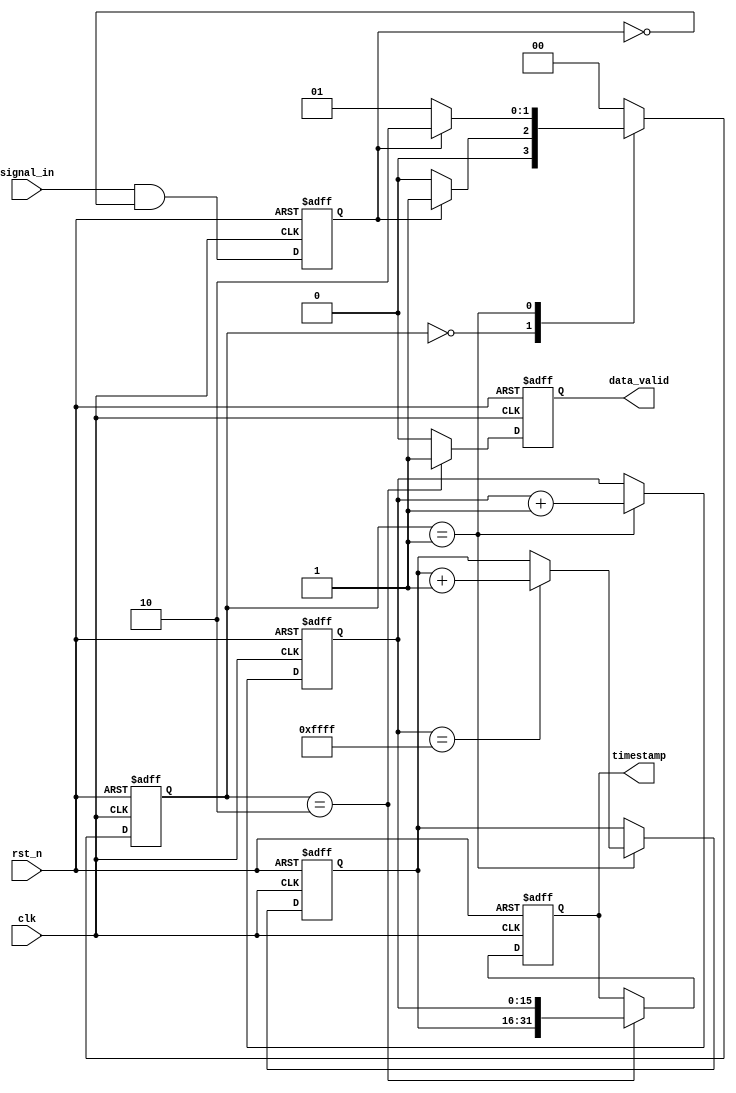
module TDC (
    input wire clk,                // Main clock
    input wire rst_n,              // Active low reset
    input wire signal_in,          // Input signal to measure
    output reg [31:0] timestamp,   // Measured timestamp
    output reg data_valid          // Data valid signal
);

// Parameters
parameter COARSE_RESOLUTION = 16; // Coarse resolution width (bits)
parameter FINE_RESOLUTION = 16;    // Fine resolution width (bits)

reg [COARSE_RESOLUTION-1:0] coarse_counter; // Coarse time counter
reg [FINE_RESOLUTION-1:0] fine_counter;     // Fine time counter
reg edge_detected;                         // Edge detection flag
reg [1:0] state;                           // State machine state
reg [1:0] next_state;                      // Next state for FSM

// State definitions
localparam IDLE = 2'b00;
localparam COUNTING = 2'b01;
localparam STORE_TIMESTAMP = 2'b10;

// Edge detection logic
always @(posedge clk or negedge rst_n) begin
    if (!rst_n) begin
        edge_detected <= 0;
    end else begin
        edge_detected <= signal_in && !edge_detected; // Rising edge detection
    end
end

// Coarse and fine counters
always @(posedge clk or negedge rst_n) begin
    if (!rst_n) begin
        coarse_counter <= 0;
        fine_counter <= 0;
    end else if (state == COUNTING) begin
        fine_counter <= fine_counter + 1; // Increment fine counter
        if (fine_counter == (1 << FINE_RESOLUTION) - 1) begin
            coarse_counter <= coarse_counter + 1; // Increment coarse counter
        end
    end
end

// State machine for TDC operation
always @(posedge clk or negedge rst_n) begin
    if (!rst_n) begin
        state <= IDLE;
    end else begin
        state <= next_state;
    end
end

// Next state logic
always @(*) begin
    case (state)
        IDLE: begin
            if (edge_detected)
                next_state = COUNTING;
            else
                next_state = IDLE;
        end
        COUNTING: begin
            if (edge_detected)
                next_state = STORE_TIMESTAMP;
            else
                next_state = COUNTING;
        end
        STORE_TIMESTAMP: begin
            next_state = IDLE; // Transition back to IDLE after storing
        end
        default: next_state = IDLE;
    endcase
end

// Timestamp storage
always @(posedge clk or negedge rst_n) begin
    if (!rst_n) begin
        timestamp <= 0;
        data_valid <= 0;
    end else if (state == STORE_TIMESTAMP) begin
        timestamp <= {coarse_counter, fine_counter}; // Store timestamp
        data_valid <= 1; // Indicate data is valid
    end else begin
        data_valid <= 0; // Reset data valid when not storing
    end
end

endmodule